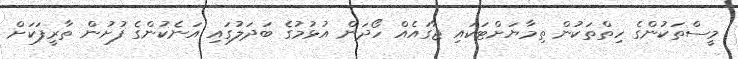
މީސްތަކުންގެ ހިތްތަކުން ތިމާޔަށްޓަކައި ޖާގައެއް ހޯދަން އުޅުމުގެ ބަދަލުގައި އަނެކުންގެ ފުށުން ތާރީފަކަށް